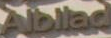
Albliad